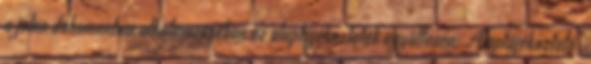
a jelen dokumentum alkalmazásában az alaptájékoztatók együttesen: Alaptájékoztató ,